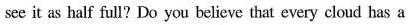
set s balf fill? Do you bel 5 sve that ewry cloud has a